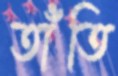
তাঁতি